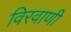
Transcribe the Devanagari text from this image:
विरवाणी